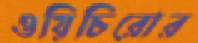
ওয়িচিরোর